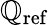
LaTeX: \mathbb{Q}_{\mathrm{{ref}}}